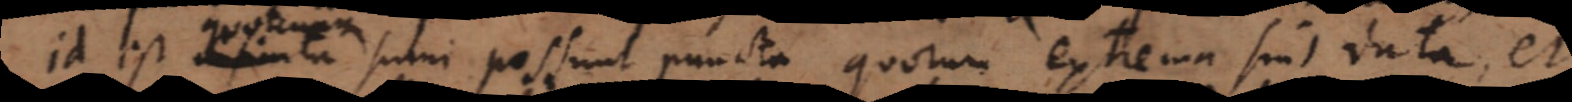
Id est infinita sumi possunt puncta quorum extrema sint data, et